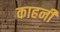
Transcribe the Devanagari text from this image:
काहनी